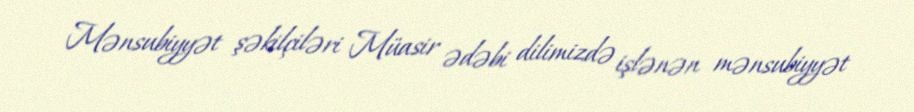
Mənsubiyyət şəkilçiləri Müasir ədəbi dilimizdə işlənən mənsubiyyət